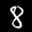
Label: 8